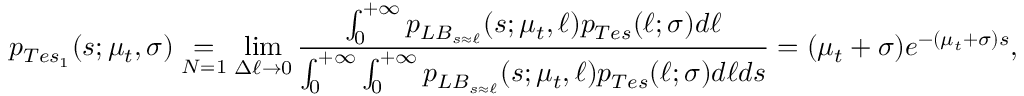
p _ { T e s _ { 1 } } ( s ; \mu _ { t } , \sigma ) \underset { N = 1 } { = } \operatorname* { l i m } _ { \Delta \ell \rightarrow 0 } \frac { \int _ { 0 } ^ { + \infty } p _ { L B _ { s \approx \ell } } ( s ; \mu _ { t } , \ell ) p _ { T e s } ( \ell ; \sigma ) d \ell } { \int _ { 0 } ^ { + \infty } \int _ { 0 } ^ { + \infty } p _ { L B _ { s \approx \ell } } ( s ; \mu _ { t } , \ell ) p _ { T e s } ( \ell ; \sigma ) d \ell d s } = ( \mu _ { t } + \sigma ) e ^ { - ( \mu _ { t } + \sigma ) s } ,